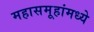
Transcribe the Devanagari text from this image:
महासमूहांमध्ये